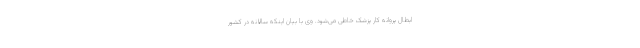
ابطال پروانه کار پزشک خاطی می‌شود. وی با بیان اینکه سالانه در کشور